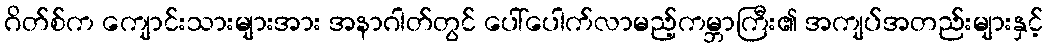
ဂိတ်စ်က ကျောင်းသားများအား အနာဂါတ်တွင် ပေါ်ပေါက်လာမည့်ကမ္ဘာကြီး၏ အကျပ်အတည်းများနှင့်